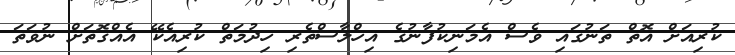
ކުރިއަށް އޮތް ތަނުގައި ވެސް އެމަނިކުފާނުގެ އިހްލާސްތެރި ހިދުމަތް ކުރިއެކޭ އެއްގޮތަށް ނުވަތަ